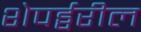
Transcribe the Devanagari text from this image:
शेपर्ड्वरील